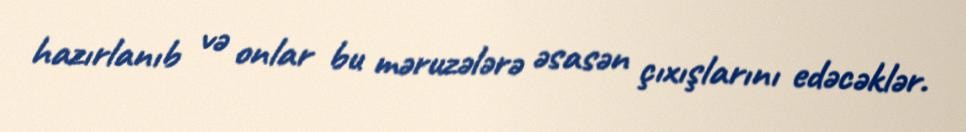
hazırlanıb və onlar bu məruzələrə əsasən çıxışlarını edəcəklər.